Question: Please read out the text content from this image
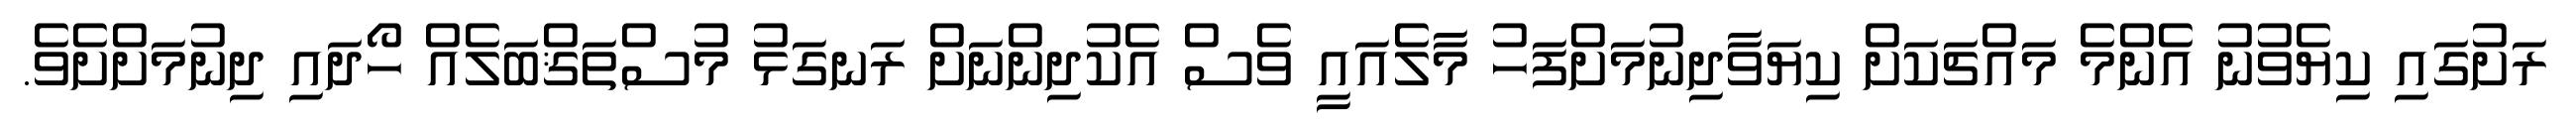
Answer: ރަށުގައި ކިޔެވުނު އެންމެ މައްޗަކަށް ކިޔަވާދިނުމަށްފަހު މާލެއައީ ވެސް އެކުދިންނަށް ރަނގަޅު މުސްތަޤްބަލެއް ހޯދައި ދިނުމަށްށެވެ.